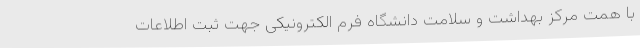
با همت مرکز بهداشت و سلامت دانشگاه فرم الکترونیکی جهت ثبت اطلاعات